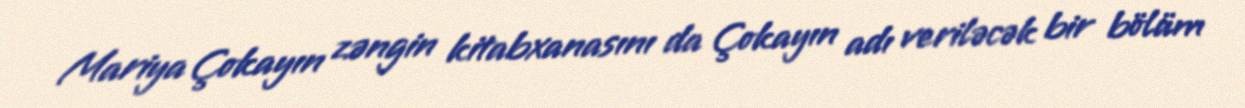
Mariya Çokayın zəngin kitabxanasını da Çokayın adı veriləcək bir bölüm